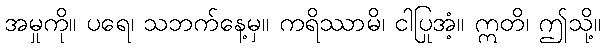
အမှုကို။ ပရေ၊ သဘက်နေ့မှ။ ကရိဿာမိ၊ ငါပြုအံ့။ ဣတိ၊ ဤသို့။